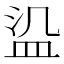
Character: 𬐛